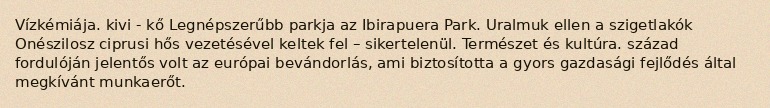
Vízkémiája. kivi - kő Legnépszerűbb parkja az Ibirapuera Park. Uralmuk ellen a szigetlakók Onészilosz ciprusi hős vezetésével keltek fel – sikertelenül. Természet és kultúra. század fordulóján jelentős volt az európai bevándorlás, ami biztosította a gyors gazdasági fejlődés által megkívánt munkaerőt.